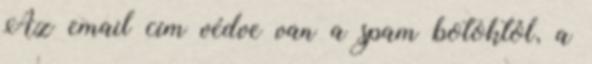
Az email cím védve van a spam botoktól, a